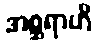
အစ္ဆရာဟိ